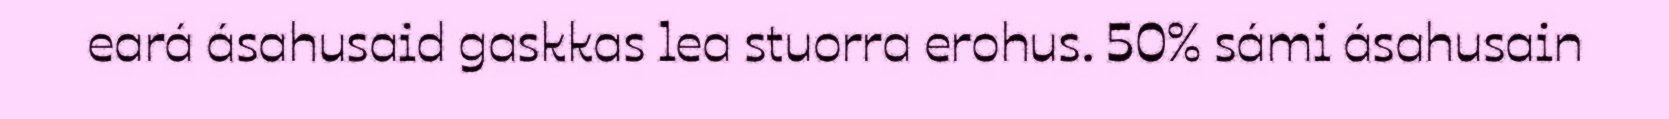
eará ásahusaid gaskkas lea stuorra erohus. 50% sámi ásahusain